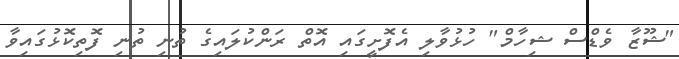
"ޝޫޒާ ވެޑްސް ޝިހާމް" ހުޅުވާލި އެފޮށީގައި އޮތް ރަންކުލައިގެ ތުނި ތުނި ފޮތިކޮޅުގައިވާ